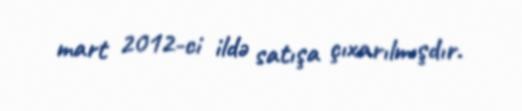
mart 2012-ci ildə satışa çıxarılmışdır.